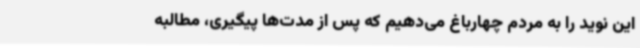
این نوید را به مردم چهارباغ می‌دهیم که پس از مدت‌ها پیگیری، مطالبه